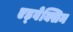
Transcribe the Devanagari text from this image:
एड्वेक्सिन